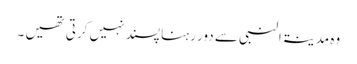
وہ مدینۃالنبی سے دور رہنا پسند نہیں کرتی تھیں ۔